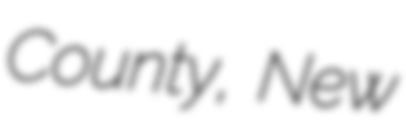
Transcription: County, New